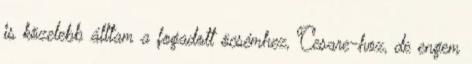
is közelebb álltam a fogadott öcsémhez, Cesare-hoz, de engem